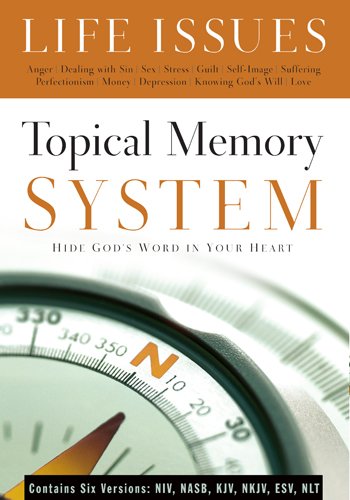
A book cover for Topical Memory System: Life Issues, Hide God's Word in Your Heart; Christian Books & Bibles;